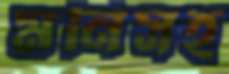
মনিসহ